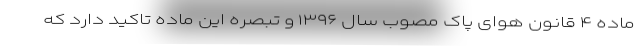
ماده ۴ قانون هوای پاک مصوب سال ۱۳۹۶ و تبصره این ماده تاکید دارد که